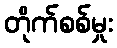
တိုက်စစ်မှုး